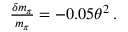
\begin{array} { r } { \frac { \delta m _ { \pi } } { m _ { \pi } } = - 0 . 0 5 \theta ^ { 2 } \, . } \end{array}